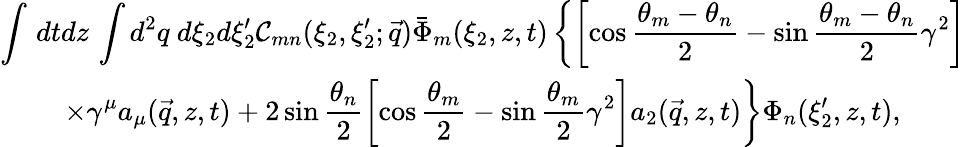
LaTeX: \begin{array}{c}{{{\displaystyle{\int\, dtdz\, \int d^{2}q\ d\xi_{2}d\xi_{2}^{\prime}{\mathcal{C}}_{mn}(\xi_{2},\xi_{2}^{\prime};\vec{q})\bar{\Phi}_{m}(\xi_{2},z,t)\left\{ \left[\cos\frac{\theta_{m}-\theta_{n}}{2}-\sin\frac{\theta_{m}-\theta_{n}}{2}\gamma^{2}\right]\right.}}}}\\ {{{\displaystyle{\left.\times\gamma^{\mu}a_{\mu}(\vec{q},z,t)+2\sin\frac{\theta_{n}}{2}\left[\cos\frac{\theta_{m}}{2}-\sin\frac{\theta_{m}}{2}\gamma^{2}\right]a_{2}(\vec{q},z,t)\right\} \Phi_{n}(\xi_{2}^{\prime},z,t),}}}}\end{array}